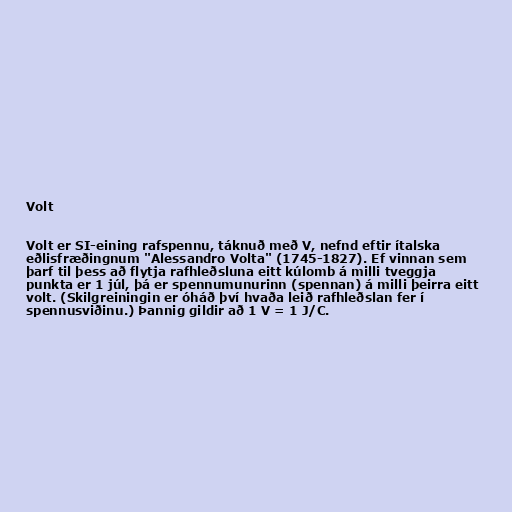
Volt

Volt er SI-eining rafspennu, táknuð með V, nefnd eftir ítalska
eðlisfræðingnum "Alessandro Volta" (1745-1827). Ef vinnan sem
þarf til þess að flytja rafhleðsluna eitt kúlomb á milli tveggja
punkta er 1 júl, þá er spennumunurinn (spennan) á milli þeirra eitt
volt. (Skilgreiningin er óháð því hvaða leið rafhleðslan fer í
spennusviðinu.) Þannig gildir að 1 V = 1 J/C.